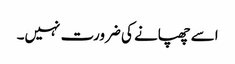
اسے چھپانے کی ضرورت نہیں۔